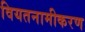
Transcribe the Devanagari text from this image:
वियतनामीकरण